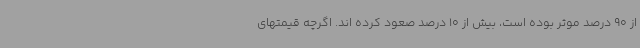
از 90 درصد موثر بوده است، بیش از 10 درصد صعود کرده اند. اگرچه قیمتهای